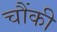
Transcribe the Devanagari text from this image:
चौंकी